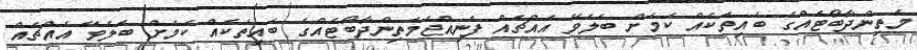
މަތިންދާބޯޓެއްގެ ބައިތަކެއް ކަމަށް ބެލެވޭ އެއްޗެއް ފެނިއްޖެމަތިންދާބޯޓެއްގެ ބައިތަކެއް ކަމަށް ބެލެވޭ އެއްޗެއް